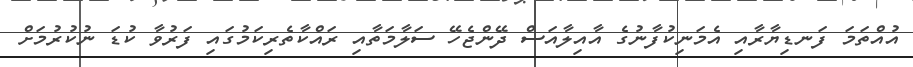
އުއްތަމަ ފަނޑިޔާރާއި އެމަނިކުފާނުގެ އާއިލާއަސް ދޭންޖެހޭ ސަލާމަތާއި ރައްކާތެރިކަމުގައި ފަރުވާ ކުޑަ ނުކުރުމަށް